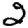
Digit: 2